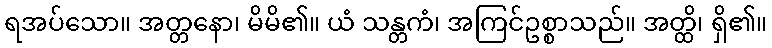
ရအပ်သော။ အတ္တနော၊ မိမိ၏။ ယံ သန္တကံ၊ အကြင်ဥစ္စာသည်။ အတ္ထိ၊ ရှိ၏။